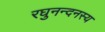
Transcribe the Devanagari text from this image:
रघुनन्दनस्य